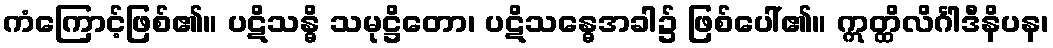
ကံကြောင့်ဖြစ်၏။ ပဋိသန္ဓိ သမုဋ္ဌိတော၊ ပဋိသန္ဓေအခါ၌ ဖြစ်ပေါ်၏။ ဣတ္ထိလိင်္ဂါဒီနိပန၊